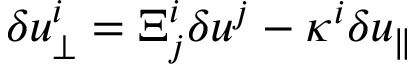
\delta u _ { \perp } ^ { i } = \Xi _ { j } ^ { i } \delta u ^ { j } - \kappa ^ { i } \delta u _ { \parallel }